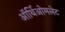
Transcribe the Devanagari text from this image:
ऑर्थिओमलेट